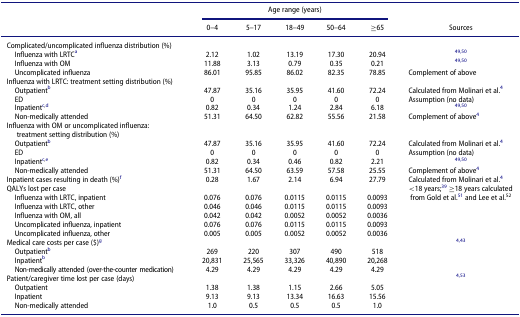
<table><thead><tr><td><b> </b></td><td colspan="5"><b>Age range (years)</b></td><td><b> </b></td></tr><tr><td><b> </b></td><td><b>0–4</b></td><td><b>5–17</b></td><td><b>18–49</b></td><td><b>50–64</b></td><td><b>≥65</b></td><td><b>Sources</b></td></tr></thead><tbody><tr><td colspan="7">Complicated/uncomplicated influenza distribution (%)</td></tr><tr><td> Influenza with LRTC<sup>a</sup></td><td>2.12</td><td>1.02</td><td>13.19</td><td>17.30</td><td>20.94</td><td><sup>49,50</sup></td></tr><tr><td> Influenza with OM</td><td>11.88</td><td>3.13</td><td>0.79</td><td>0.35</td><td>0.21</td><td><sup>49,50</sup></td></tr><tr><td> Uncomplicated influenza</td><td>86.01</td><td>95.85</td><td>86.02</td><td>82.35</td><td>78.85</td><td>Complement of above</td></tr><tr><td>Influenza with LRTC: treatment setting distribution (%)</td><td> </td><td> </td><td> </td><td> </td><td> </td><td> </td></tr><tr><td> Outpatient<sup>b</sup></td><td>47.87</td><td>35.16</td><td>35.95</td><td>41.60</td><td>72.24</td><td>Calculated from Molinari et al.<sup>4</sup></td></tr><tr><td> ED</td><td>0</td><td>0</td><td>0</td><td>0</td><td>0</td><td>Assumption (no data)</td></tr><tr><td> Inpatient<sup>c</sup><sup>,</sup><sup>d</sup></td><td>0.82</td><td>0.34</td><td>1.24</td><td>2.84</td><td>6.18</td><td><sup>49,50</sup></td></tr><tr><td> Non-medically attended</td><td>51.31</td><td>64.50</td><td>62.82</td><td>55.56</td><td>21.58</td><td>Complement of above<sup>4</sup></td></tr><tr><td>Influenza with OM or uncomplicated influenza: treatment setting distribution (%)</td><td> </td><td> </td><td> </td><td> </td><td> </td><td> </td></tr><tr><td> Outpatient<sup>b</sup></td><td>47.87</td><td>35.16</td><td>35.95</td><td>41.60</td><td>72.24</td><td>Calculated from Molinari et al.<sup>4</sup></td></tr><tr><td> ED</td><td>0</td><td>0</td><td>0</td><td>0</td><td>0</td><td>Assumption (no data)</td></tr><tr><td> Inpatient<sup>c</sup><sup>,</sup><sup>e</sup></td><td>0.82</td><td>0.34</td><td>0.46</td><td>0.82</td><td>2.21</td><td><sup>49,50</sup></td></tr><tr><td> Non-medically attended</td><td>51.31</td><td>64.50</td><td>63.59</td><td>57.58</td><td>25.55</td><td>Complement of above<sup>4</sup></td></tr><tr><td>Inpatient cases resulting in death (%)<sup>f</sup></td><td>0.28</td><td>1.67</td><td>2.14</td><td>6.94</td><td>27.79</td><td>Calculated from Molinari et al.<sup>4</sup></td></tr><tr><td>QALYs lost per case</td><td> </td><td> </td><td> </td><td> </td><td> </td><td>&lt;18 years;<sup>39</sup> ≥18 years calculated </td></tr><tr><td> Influenza with LRTC, inpatient</td><td>0.076</td><td>0.076</td><td>0.0115</td><td>0.0115</td><td>0.0093</td><td>from Gold et al.<sup>51</sup> and Lee et al.<sup>52</sup></td></tr><tr><td> Influenza with LRTC, other</td><td>0.046</td><td>0.046</td><td>0.0115</td><td>0.0115</td><td>0.0093</td><td> </td></tr><tr><td> Influenza with OM, all</td><td>0.042</td><td>0.042</td><td>0.0052</td><td>0.0052</td><td>0.0036</td><td> </td></tr><tr><td> Uncomplicated influenza, inpatient</td><td>0.076</td><td>0.076</td><td>0.0115</td><td>0.0115</td><td>0.0093</td><td> </td></tr><tr><td> Uncomplicated influenza, other</td><td>0.005</td><td>0.005</td><td>0.0052</td><td>0.0052</td><td>0.0036</td><td> </td></tr><tr><td>Medical care costs per case ($)<sup>g</sup></td><td> </td><td> </td><td> </td><td> </td><td> </td><td><sup>4,43</sup></td></tr><tr><td> Outpatient<sup>b</sup></td><td>269</td><td>220</td><td>307</td><td>490</td><td>518</td><td> </td></tr><tr><td> Inpatient<sup>b</sup></td><td>20,831</td><td>25,565</td><td>33,326</td><td>40,890</td><td>20,268</td><td> </td></tr><tr><td> Non-medically attended (over-the-counter medication)</td><td>4.29</td><td>4.29</td><td>4.29</td><td>4.29</td><td>4.29</td><td> </td></tr><tr><td>Patient/caregiver time lost per case (days)</td><td> </td><td> </td><td> </td><td> </td><td> </td><td><sup>4,53</sup></td></tr><tr><td> Outpatient</td><td>1.38</td><td>1.38</td><td>1.15</td><td>2.66</td><td>5.05</td><td> </td></tr><tr><td> Inpatient</td><td>9.13</td><td>9.13</td><td>13.34</td><td>16.63</td><td>15.56</td><td> </td></tr><tr><td> Non-medically attended</td><td>1.0</td><td>0.5</td><td>0.5</td><td>0.5</td><td>1.0</td><td> </td></tr></tbody></table>